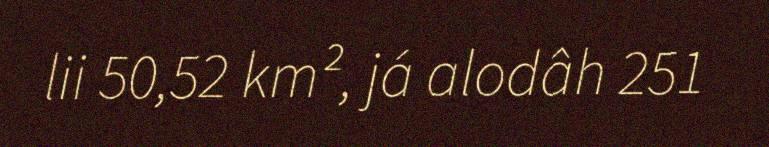
lii 50,52 km², já alodâh 251